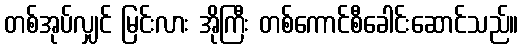
တစ်အုပ်လျှင် မြင်းလား အိုကြီး တစ်ကောင်စီခေါင်းဆောင်သည်။